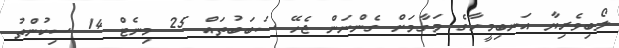
ލޯބިވެރިޔާ އަނބިމީހާގެ މަގާމަށް ގެންނަން ޖެހޭ ސަބަބުތައް 25 މިނެޓް 14 ސިކުންތު